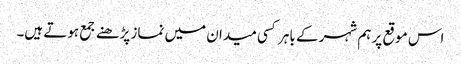
اس موقع پر ہم شہر کے باہر کسی میدان میں نماز پڑھنے جمع ہوتے ہیں۔